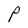
Character: P